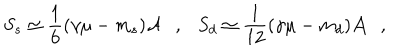
S _ { s } \simeq { \frac { 1 } { 6 } } ( \gamma \mu - m _ { s } ) { \cal A } , S _ { d } \simeq { \frac { 1 } { 1 2 } } ( \gamma \mu - m _ { d } ) { \cal A } ,